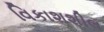
વિકાશશીલ